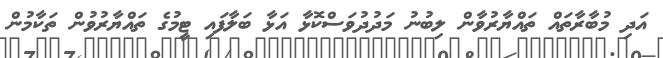
އަދި މުބާރާތައް ތައްޔާރުވާން ލިބުނު މަދުދުވަސްކޮޅާ އަޅާ ބަލާފައި ޓީމުގެ ތައްޔާރުވުން ތަކާމުން